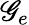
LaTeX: \mathscr{G}_{e}